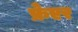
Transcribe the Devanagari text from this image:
फ्रेएर